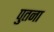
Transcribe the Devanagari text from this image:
पुतना